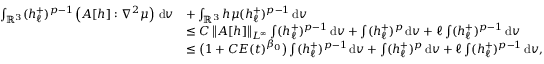
\begin{array} { r l } { \int _ { \ensuremath { { \mathbb R } } ^ { 3 } } ( h _ { \ell } ^ { + } ) ^ { p - 1 } \left( A [ h ] : \nabla ^ { 2 } \mu \right) \, \mathrm { d } v } & { + \int _ { \ensuremath { { \mathbb R } } ^ { 3 } } h \mu ( h _ { \ell } ^ { + } ) ^ { p - 1 } \, \mathrm { d } v } \\ & { \leq C \left\| A [ h ] \right\| _ { L ^ { \infty } } \int ( h _ { \ell } ^ { + } ) ^ { p - 1 } \, \mathrm { d } v + \int ( h _ { \ell } ^ { + } ) ^ { p } \, \mathrm { d } v + \ell \int ( h _ { \ell } ^ { + } ) ^ { p - 1 } \, \mathrm { d } v } \\ & { \leq \big ( 1 + C E ( t ) ^ { \beta _ { 0 } } \big ) \int ( h _ { \ell } ^ { + } ) ^ { p - 1 } \, \mathrm { d } v + \int ( h _ { \ell } ^ { + } ) ^ { p } \, \mathrm { d } v + \ell \int ( h _ { \ell } ^ { + } ) ^ { p - 1 } \, \mathrm { d } v , } \end{array}